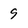
Character: 9